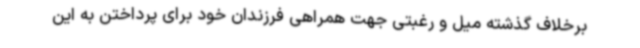
برخلاف گذشته میل و رغبتی جهت همراهی فرزندان خود برای پرداختن به این